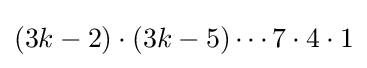
(3k-2)\cdot (3k-5)\cdots 7\cdot 4\cdot 1